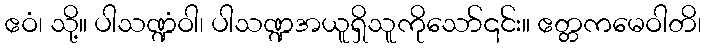
ဧဝံ၊ သို့။ ပါသဏ္ဍံဝါ၊ ပါသဏ္ဍအယူရှိသူကိုသော်၎င်း။ ဧတ္တကမေဝါတိ၊